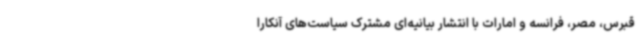
قبرس، مصر، فرانسه و امارات با انتشار بیانیه‌ای مشترک سیاست‌های آنکارا